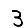
Digit: 3